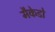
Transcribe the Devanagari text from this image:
मैकेडो